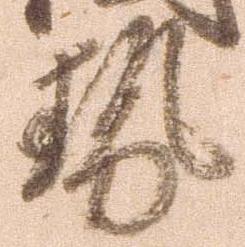
勢